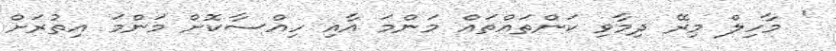
' މާހިލް މިރޭ ދިމާވި ކަންތައްތައް މަންމަ އާއި ހިއްސާކޮށް މަންމަ އިތުރަށް